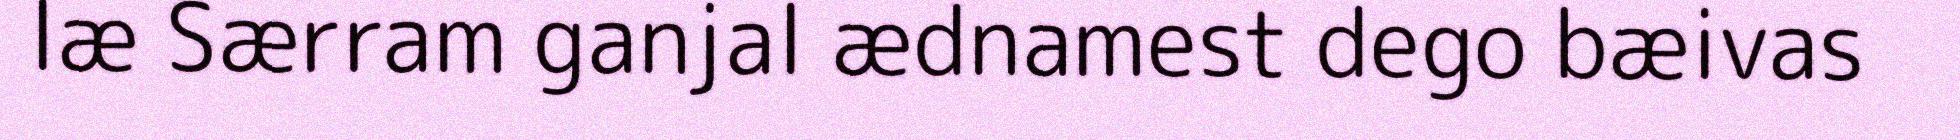
læ Særram ganjal ædnamest dego bæivas